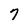
Character: 7